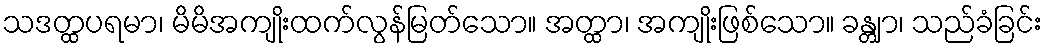
သဒတ္ထပရမာ၊ မိမိအကျိုးထက်လွန်မြတ်သော။ အတ္ထာ၊ အကျိုးဖြစ်သော။ ခန္တျာ၊ သည်ခံခြင်း